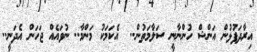
އިރާދަފުޅުން އަންޝް ހުންނާނީ ސަލާމަތުން..  އެކަމަކު މަންމާ.. ނުވައެއް ޖަހަން އެދަނީ..